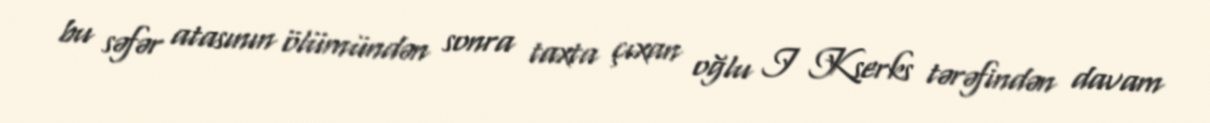
bu səfər atasının ölümündən sonra taxta çıxan oğlu I Kserks tərəfindən davam